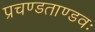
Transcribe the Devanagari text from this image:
प्रचण्डताण्डवः